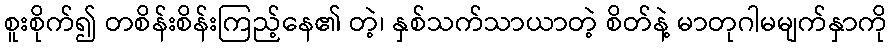
စူးစိုက်၍ တစိန်းစိန်းကြည့်နေ၏ တဲ့၊ နှစ်သက်သာယာတဲ့ စိတ်နဲ့ မာတုဂါမမျက်နှာကို